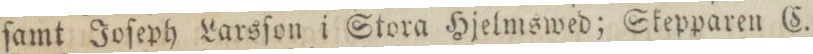
ſamt Joſeph Larsſon i Stora Hjelmswed; Skepparen C.